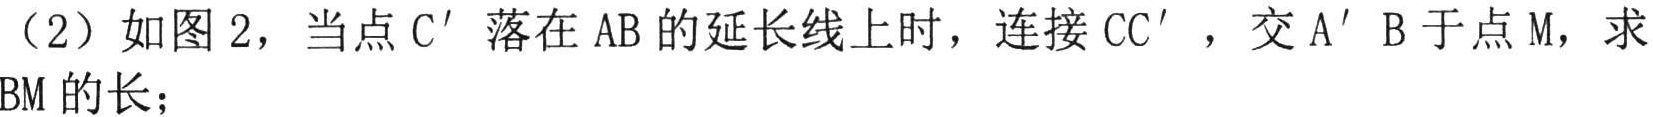
（2）如图2，当点C'落在AB的延长线上时，连接CC'，交A'B于点M，求BM的长；